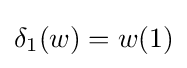
\delta _{1}(w)=w(1)